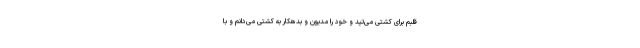
قلبم برای کشتی می‌تپد و خود را مدیون و بدهکار به کشتی می‌دانم و با